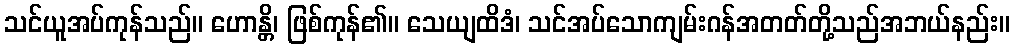
သင်ယူအပ်ကုန်သည်။ ဟောန္တိ၊ ဖြစ်ကုန်၏။ သေယျထိဒံ၊ သင်အပ်သောကျမ်းဂန်အတတ်တို့သည်အဘယ်နည်း။